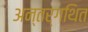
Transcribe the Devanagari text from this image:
अन्तर्गथित